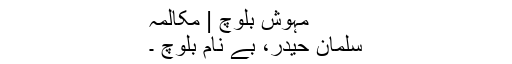
مہوش بلوچ | مکالمہ
سلمان حیدر، بے نام بلوچ ۔